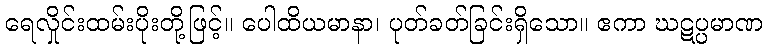
ရေလှိုင်းထမ်းပိုးတို့ဖြင့်။ ပေါထိယမာနာ၊ ပုတ်ခတ်ခြင်းရှိသော။ ဧကာ ဃဋပ္ပမာဏ